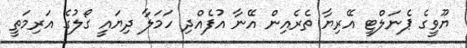
ޔޫވީގެ ޕެނަލްޓީ އޭރިޔާ ތެރެއިން އޭނާ އުފެއްދި ހަމަލާ ދިޔައީ ގޯލުގެ އަރިމަތީ